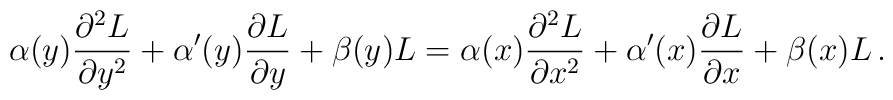
\alpha(y) {\partial^2L\over \partial y^2} + \alpha^\prime(y){\partial L\over \partial y} + \beta(y) L =\alpha(x) {\partial^2 L\over \partial x^2} + \alpha^\prime(x){\partial L\over \partial x}+\beta(x) L \, .